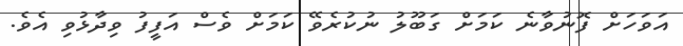
އަވަހަށް ފޮނުވާނެ ކަމަށް ގަބޫލު ނުކުރެވޭ ކަމަށް ވެސް އަފީފު ވިދާޅުވި އެވެ.